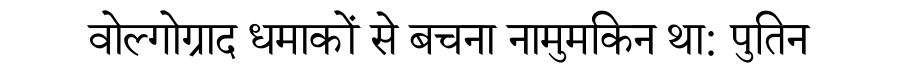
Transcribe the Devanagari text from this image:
वोल्गोग्राद धमाकों से बचना नामुमकिन था: पुतिन